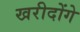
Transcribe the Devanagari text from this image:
खरीदोंगे